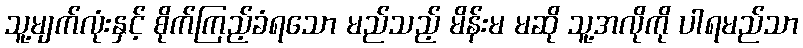
သူ့မျက်လုံးနှင့် စိုက်ကြည့်ခံရသော မည်သည့် မိန်းမ မဆို သူ့အလိုကို ပါရမည်သာ